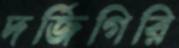
দর্জিগিরি